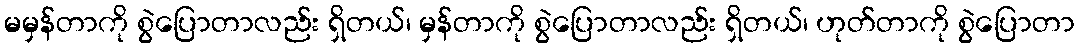
မမှန်တာကို စွဲပြောတာလည်း ရှိတယ်၊ မှန်တာကို စွဲပြောတာလည်း ရှိတယ်၊ ဟုတ်တာကို စွဲပြောတာ